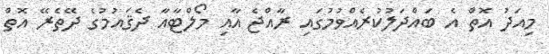
މިއަދު އޮތް އެ ބައްދަލުކުރެއްވުމުގައި ރާއްޖެ އާއި މޯލްޓާއާ ދެޤައުމުގެ ދޭތެރޭ އޮތް